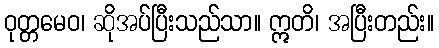
ဝုတ္တမေဝ၊ ဆိုအပ်ပြီးသည်သာ။ ဣတိ၊ အပြီးတည်း။